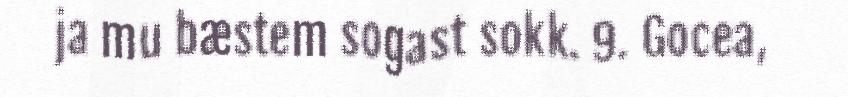
ja mu bæstem sogast sokk. 9. Gocea,